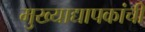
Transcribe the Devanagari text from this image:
मुख्‍याद्यापकांची